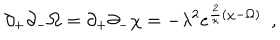
\partial _ { + } \partial _ { - } \Omega = \partial _ { + } \partial _ { - } \chi = - \lambda ^ { 2 } e ^ { { \frac { 2 } { \kappa } } ( \chi - \Omega ) } \ \ ,